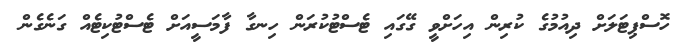
ހޮސްޕިޓަލަށް ދިއުމުގެ ކުރިން އިހަށްވީ ގޭގައި ޓެސްޓުކުރަން ހިނގާ ފާމަސީއަށް ޓެސްޓުކިޓެއް ގަނެގެން